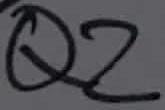
Text: Q2